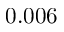
0 . 0 0 6